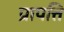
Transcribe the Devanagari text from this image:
प्रापत्ति